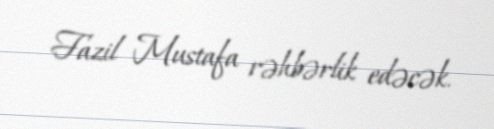
Fazil Mustafa rəhbərlik edəcək.